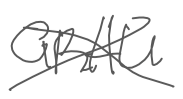
Text: GRAU
Cross-out: mix
Writing tool: digital_gray